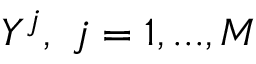
Y ^ { j } , \ j = 1 , . . . , M